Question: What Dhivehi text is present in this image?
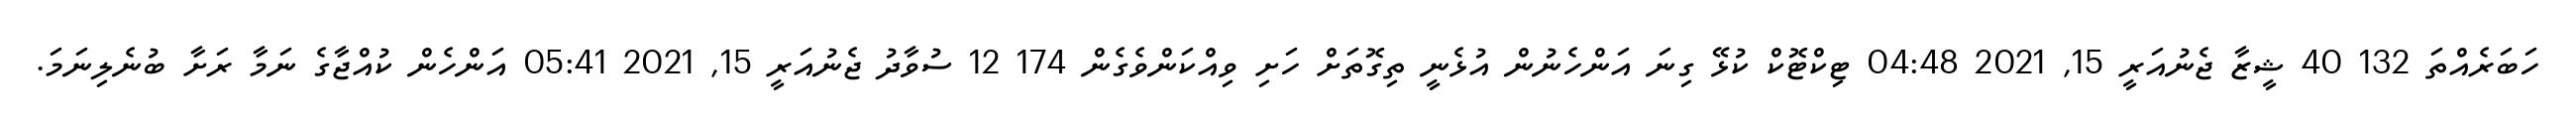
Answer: ހަބަރެއްތަ 132 40 ޝީޒާ ޖެނުއަރީ 15, 2021 04:48 ޓިކްޓޮކް ކުޅޭ ގިނަ އަންހެނުން އުޅެނީ ތިގޮތަށް ހަށި ވިއްކަންވެގެން 174 12 ސުވާދު ޖެނުއަރީ 15, 2021 05:41 އަންހެން ކުއްޖާގެ ނަމާ ރަށާ ބުނެލިނަމަ.